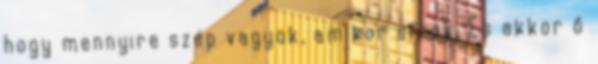
hogy mennyire szép vagyok, amikor sírok. És akkor ő